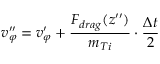
v _ { \varphi } ^ { \prime \prime } = v _ { \varphi } ^ { \prime } + \frac { F _ { d r a g } ( z ^ { \prime \prime } ) } { m _ { T i } } \cdot \frac { \Delta t } { 2 }